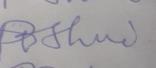
Signature authenticity: forged